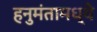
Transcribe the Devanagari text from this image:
हनुमंतामध्ये